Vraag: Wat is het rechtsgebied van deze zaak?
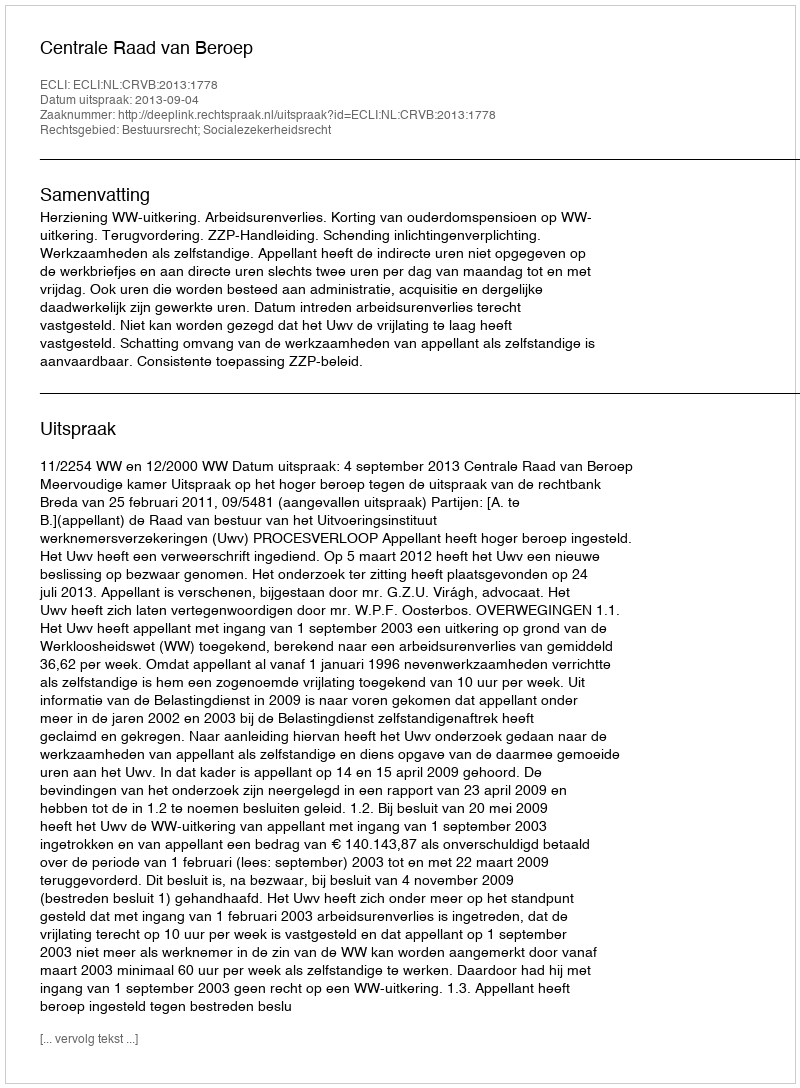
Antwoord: Bestuursrecht; Socialezekerheidsrecht